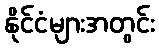
နိုင်ငံများအတွင်း